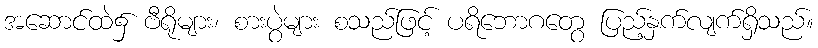
အဆောင်ထဲ၌ ဗီရိုများ၊ စားပွဲများ စသည်ဖြင့် ပရိဘောဂတွေ ပြည့်နှက်လျက်ရှိသည်။